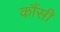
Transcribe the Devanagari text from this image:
कौंसी